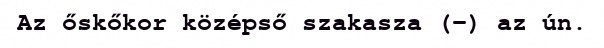
Az őskőkor középső szakasza (–) az ún.